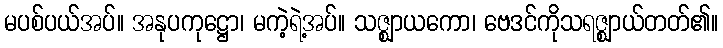
မပစ်ပယ်အပ်။ အနုပကုဋ္ဌော၊ မကဲ့ရဲ့အပ်။ သဇ္ဈာယကော၊ ဗေဒင်ကိုသရဇ္ဈာယ်တတ်၏။